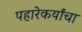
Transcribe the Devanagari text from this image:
पहारेकर्यांचा